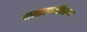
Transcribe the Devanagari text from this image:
रामारावांविरूध्द